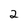
Character: 2